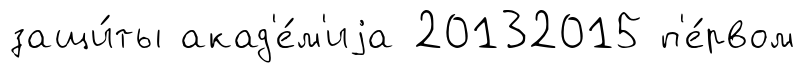
защи́ты акад'е́м'иjа 20132015 п'е́рвом